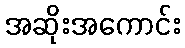
အဆိုးအကောင်း